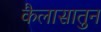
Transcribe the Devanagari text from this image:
कैलासातुन